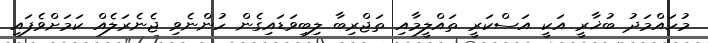
މުހައްމަދު ބުޚާރީ އަކީ އަސްކަރީ ތައްލީމާއި ތަޖްރިބާ ލިބިވަޑައިގެން ހުންނެވި ޖެނެރަލެއް ކަމަށްވެފައި